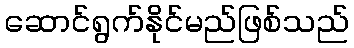
ဆောင်ရွက်နိုင်မည်ဖြစ်သည်